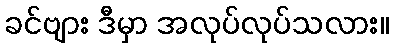
ခင်ဗျား ဒီမှာ အလုပ်လုပ်သလား။